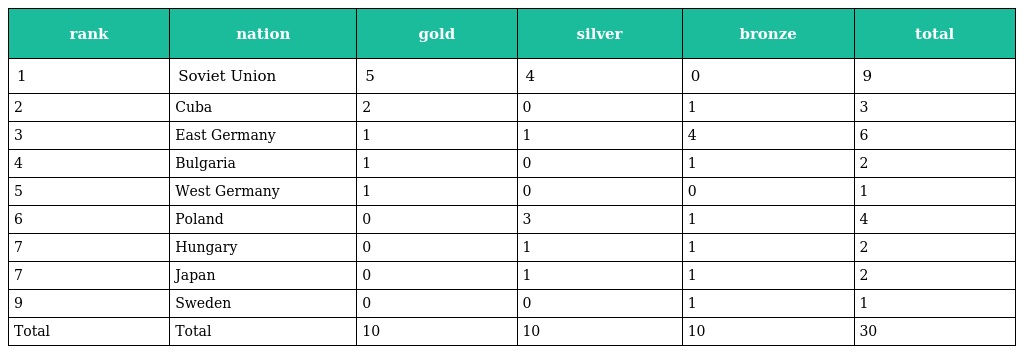
| rank | nation | gold | silver | bronze | total |
 | --- | --- | --- | --- | --- | --- |
 | 1 | Soviet Union | 5 | 4 | 0 | 9 |
 | 2 | Cuba | 2 | 0 | 1 | 3 |
 | 3 | East Germany | 1 | 1 | 4 | 6 |
 | 4 | Bulgaria | 1 | 0 | 1 | 2 |
 | 5 | West Germany | 1 | 0 | 0 | 1 |
 | 6 | Poland | 0 | 3 | 1 | 4 |
 | 7 | Hungary | 0 | 1 | 1 | 2 |
 | 7 | Japan | 0 | 1 | 1 | 2 |
 | 9 | Sweden | 0 | 0 | 1 | 1 |
 | Total | Total | 10 | 10 | 10 | 30 |